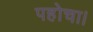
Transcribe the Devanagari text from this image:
पहोचा।